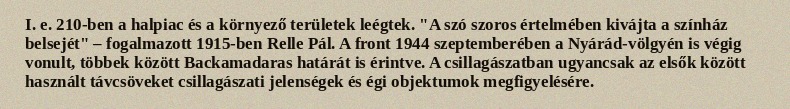
I. e. 210-ben a halpiac és a környező területek leégtek. "A szó szoros értelmében kivájta a színház belsejét" – fogalmazott 1915-ben Relle Pál. A front 1944 szeptemberében a Nyárád-völgyén is végig vonult, többek között Backamadaras határát is érintve. A csillagászatban ugyancsak az elsők között használt távcsöveket csillagászati jelenségek és égi objektumok megfigyelésére.